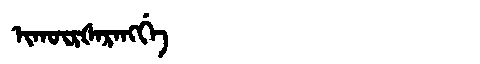
Manchu: ᡳᡴᡡᡵᡧᠠᡵᠠᠩᡤᡝ
Romanization: IKŪRŠARANGGE